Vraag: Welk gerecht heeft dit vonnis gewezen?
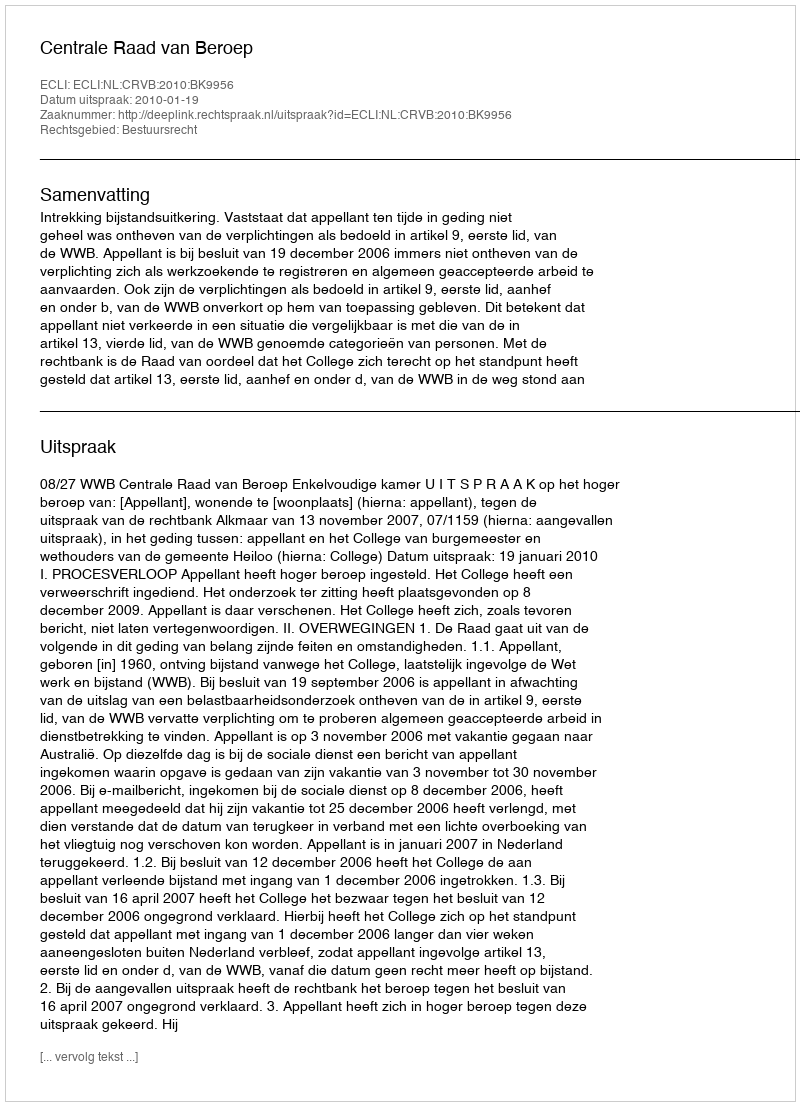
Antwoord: Centrale Raad van Beroep